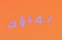
لقاؤك